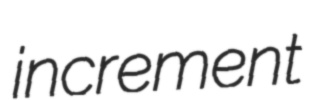
increment